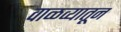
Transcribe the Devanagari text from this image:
वाळव्यातून